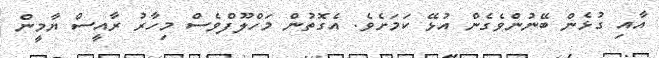
އާއި ގުޅެން ބޭނުންވެގެން އުޅޭ ކަމަށެވެ. އެގޮތުން މަހްލޫފްވެސް މިހާރު ރާއީސް ޔާމީން